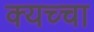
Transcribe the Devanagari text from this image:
क्यच्चा